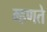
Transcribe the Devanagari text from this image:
म्‍हणते